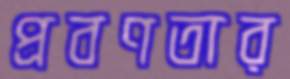
প্রবণতার